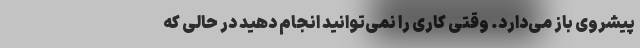
پیشروی باز می‌دارد. وقتی کاری را نمی‌توانید انجام دهید در حالی که